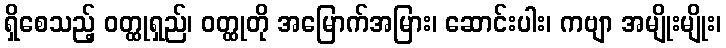
ရှိစေသည့် ဝတ္ထုရှည်၊ ဝတ္ထုတို အမြောက်အမြား၊ ဆောင်းပါး၊ ကဗျာ အမျိုးမျိုး၊